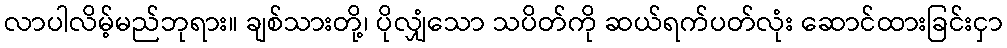
လာပါလိမ့်မည်ဘုရား။ ချစ်သားတို့၊ ပိုလျှံသော သပိတ်ကို ဆယ်ရက်ပတ်လုံး ဆောင်ထားခြင်းငှာ